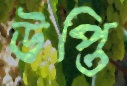
উপ্তি